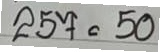
257 = 50